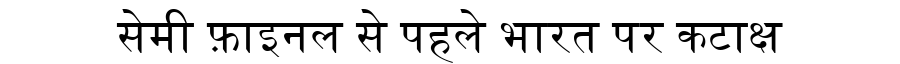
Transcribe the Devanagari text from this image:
सेमी फ़ाइनल से पहले भारत पर कटाक्ष